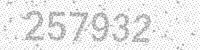
Solution: 257932